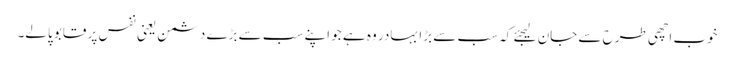
خوب اچھی طرح سے جان لیجئے کہ سب سے بڑا بہادر وہ ہے جو اپنے سب سے بڑے دشمن یعنی نفس پر قابو پالے۔